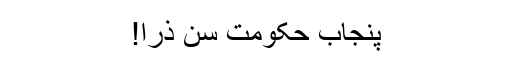
پنجاب حکومت سُن ذرا!